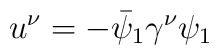
u^{\nu }=-\bar{\psi}_{1}\gamma ^{\nu }\psi _{1}